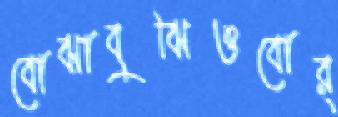
বোঝাবুঝিওবোর্